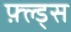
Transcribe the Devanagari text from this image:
फ़्ल्ड्स